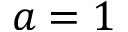
a = 1